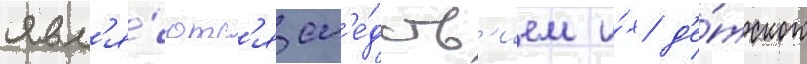
явл'я́ютс'я сл'е́дств'ием и́х д'е́тского